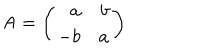
LaTeX: { \sf A } = \left( \begin{array} { r r } { { a } } & { { b } } \\ { { - b } } & { { a } } \\ \end{array} \right)